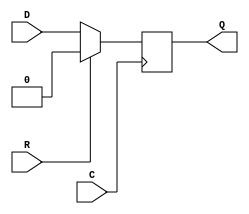
//////////////////////////////////////////////////////////////////////////////////
// Company: 
// Engineer: 
// 
// Design Name: 
// Module Name: FDR
// Project Name: 
// Target Devices: 
// Tool Versions: 
// Description: 
// 
// Dependencies: 
// 
// Revision:
// Revision 0.01 - File Created
// Additional Comments:
// 
//////////////////////////////////////////////////////////////////////////////////


module my_FDR(
    output reg Q,
    input C,
    input D,
    input R
    );
always @(posedge C) begin
if (R)
    Q <= 0;
else
    Q <= D;
end    
   
endmodule

module my_MULT_AND (  
    input I1,
    input I0,
    output LO
);

assign LO = I1 && I0;
    
endmodule

module my_MUXCY (  
    input DI,
    input CI,
    input S,
    output O
);

assign O = (~S & DI) || (S & CI);
    
endmodule

module my_XORCY (  
    input LI,
    input CI,
    output O
);

assign O = LI ^ CI;
    
endmodule

module my_FDRE (  
    input C,
    input CE,
    input D,
    input R,
    output reg Q
);
always @(posedge C) begin
    if(R) begin
        Q <= 0;
    end
    else begin
        if(CE == 1) begin
            Q <= D;
        end
    end
end
    
endmodule

module my_FDCE (  
    input C,
    input CE,
    input D,
    input CLR,
    output reg Q
);
always @(posedge C or negedge CLR) begin
    if(CLR) begin
        Q <= 0;
    end
    else begin
        if(CE == 1) begin
            Q <= D;
        end
    end
end
    
endmodule

module my_FDSE (  
    input C,
    input CE,
    input D,
    input S,
    output reg Q
);
always @(posedge C) begin
    if(S) begin
        Q <= 1;
    end
    else begin
        if(CE == 1) begin
            Q <= D;
        end
    end
end
    
endmodule

module my_MUXCY_L (  
    input DI,
    input CI,
    input S,
    output LO
);

assign LO = (~S & DI) || (S & CI);
    
endmodule

module my_FDS (  
    input C,
    input D,
    input S,
    output reg Q
);
always @(posedge C) begin
    if(S) begin
        Q <= 1;
    end
    else begin
        Q <= D;
    end
end
    
endmodule

module my_SRL16E #(
  parameter [15:0] INIT = 16'h0000
)(
  output Q,
  input A0,
  input A1,
  input A2,
  input A3,
  input CE,
  input CLK,
  input D
);
  reg  [15:0] data = INIT;
  always @(posedge CLK) begin
    if (CE == 1'b1) begin
      data[15:0] <= {data[14:0], D};
    end
  end
  assign Q = data[{A3, A2, A1, A0}];
endmodule